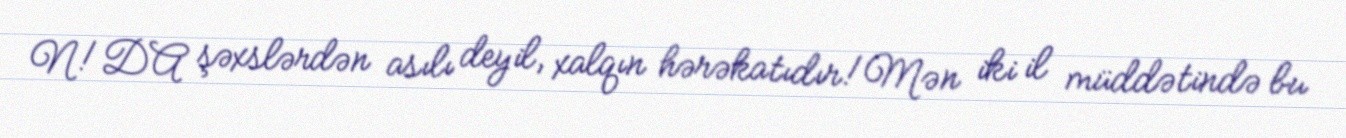
N!DA şəxslərdən asılı deyil, xalqın hərəkatıdır!Mən iki il müddətində bu